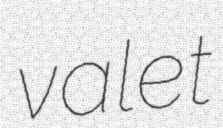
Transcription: valet